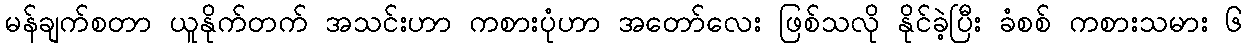
မန်ချက်စတာ ယူနိုက်တက် အသင်းဟာ ကစားပုံဟာ အတော်လေး ဖြစ်သလို နိုင်ခဲ့ပြီး ခံစစ် ကစားသမား ၆